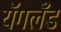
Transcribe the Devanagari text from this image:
यॅगलँड